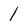
Character: 1